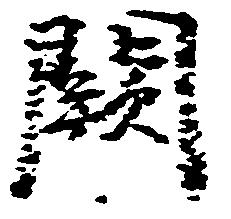
闕